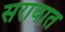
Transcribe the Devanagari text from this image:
सरावात